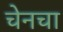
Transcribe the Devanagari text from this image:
चेनचा